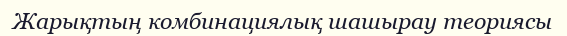
Жарықтың комбинациялық шашырау теориясы